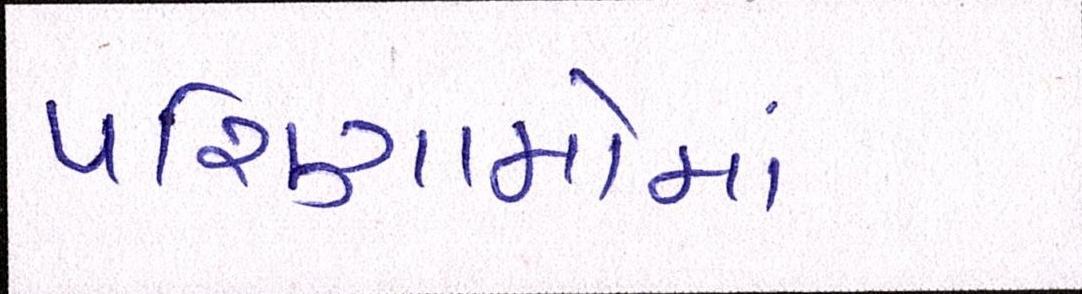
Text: પરિણામોમાં